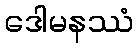
ဒေါမနဿံ